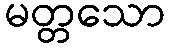
မတ္တသော